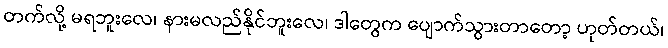
တက်လို့ မရဘူးလေ၊ နားမလည်နိုင်ဘူးလေ၊ ဒါတွေက ပျောက်သွားတာတော့ ဟုတ်တယ်၊